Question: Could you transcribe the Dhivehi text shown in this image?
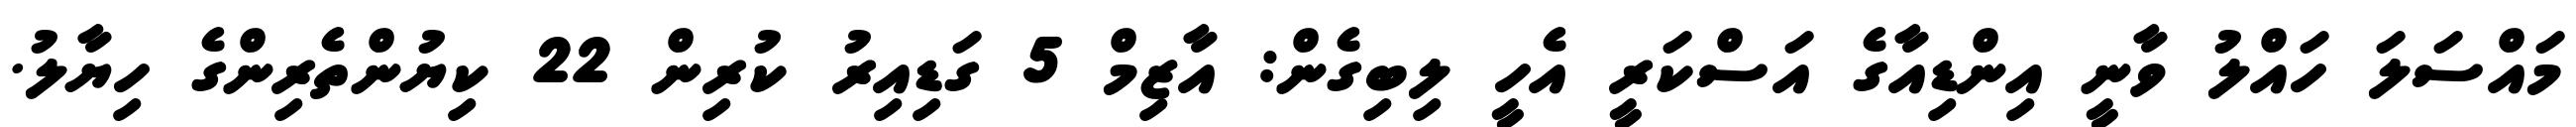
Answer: މައްސަލަ ހައްލު ވާނީ އިންޑިއާގެ އަސްކަރީ އެހީ ލިބިގެން: އާޒިމް 5 ގަޑިއިރު ކުރިން 22 ކިޔުންތެރިންގެ ހިޔާލު.